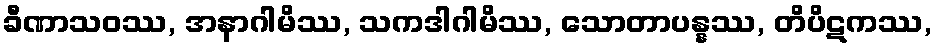
ခီဏာသဝဿ, အနာဂါမိဿ, သကဒါဂါမိဿ, သောတာပန္နဿ, တိပိဋကဿ,